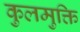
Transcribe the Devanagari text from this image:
कुलमुक्ति